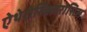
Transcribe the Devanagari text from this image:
ऐथेरोस्क्लिरोसिस